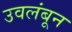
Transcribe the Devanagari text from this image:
उवलंबून